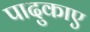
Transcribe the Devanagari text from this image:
पादुकाए